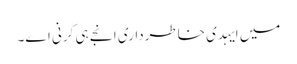
میں ایہدی خاطرداری انجے ہی کرنی اے۔